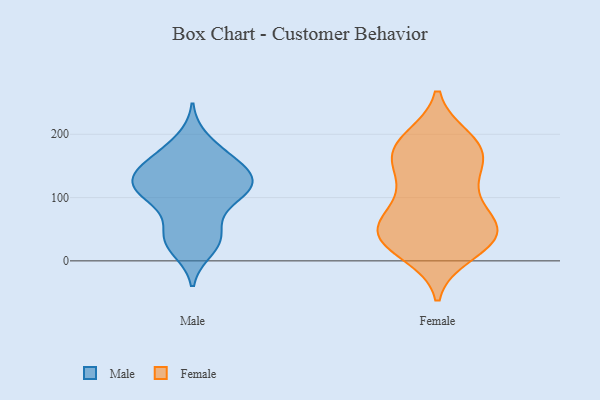
{"axis": {"x": "Energy Usage (MWh)", "y": "Value"}, "legend": ["Female", "Male"], "data": [{"x": "", "y": 99, "type": "Male"}, {"x": "", "y": 156, "type": "Male"}, {"x": "", "y": 35, "type": "Male"}, {"x": "", "y": 190, "type": "Male"}, {"x": "", "y": 160, "type": "Male"}, {"x": "", "y": 172, "type": "Male"}, {"x": "", "y": 112, "type": "Male"}, {"x": "", "y": 91, "type": "Male"}, {"x": "", "y": 119, "type": "Male"}, {"x": "", "y": 129, "type": "Male"}, {"x": "", "y": 42, "type": "Male"}, {"x": "", "y": 132, "type": "Male"}, {"x": "", "y": 105, "type": "Male"}, {"x": "", "y": 117, "type": "Male"}, {"x": "", "y": 140, "type": "Male"}, {"x": "", "y": 119, "type": "Male"}, {"x": "", "y": 145, "type": "Male"}, {"x": "", "y": 27, "type": "Male"}, {"x": "", "y": 19, "type": "Male"}, {"x": "", "y": 44, "type": "Male"}, {"x": "", "y": 106, "type": "Female"}, {"x": "", "y": 43, "type": "Female"}, {"x": "", "y": 51, "type": "Female"}, {"x": "", "y": 63, "type": "Female"}, {"x": "", "y": 55, "type": "Female"}, {"x": "", "y": 157, "type": "Female"}, {"x": "", "y": 124, "type": "Female"}, {"x": "", "y": 34, "type": "Female"}, {"x": "", "y": 23, "type": "Female"}, {"x": "", "y": 55, "type": "Female"}, {"x": "", "y": 193, "type": "Female"}, {"x": "", "y": 167, "type": "Female"}, {"x": "", "y": 49, "type": "Female"}, {"x": "", "y": 101, "type": "Female"}, {"x": "", "y": 12, "type": "Female"}, {"x": "", "y": 25, "type": "Female"}, {"x": "", "y": 158, "type": "Female"}, {"x": "", "y": 193, "type": "Female"}, {"x": "", "y": 173, "type": "Female"}, {"x": "", "y": 179, "type": "Female"}]}